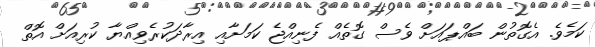
ކަމެވެ. އެގޮތުން ބައްޕައަށް ވެސް ގޮތެއް ފެނިއްޖެ ކަމަށާއި އިރާދަކުރެވިއްޔާ ކުރިއަށް އޮތް